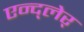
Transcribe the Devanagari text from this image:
एन्द्लेर्